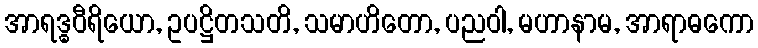
အာရဒ္ဓဝီရိယော, ဥပဋ္ဌိတသတိ, သမာဟိတော, ပညဝါ, မဟာနာမ, အာရာဓကော